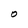
Character: O